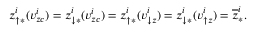
z _ { \uparrow \ast } ^ { i } ( v _ { z c } ^ { i } ) = z _ { \downarrow \ast } ^ { i } ( v _ { z c } ^ { i } ) = z _ { \uparrow \ast } ^ { i } ( v _ { \downarrow z } ^ { i } ) = z _ { \downarrow \ast } ^ { i } ( v _ { \uparrow z } ^ { i } ) = \overline { { z } } _ { \ast } ^ { i } .